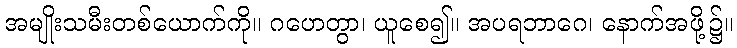
အမျိုးသမီးတစ်ယောက်ကို။ ဂဟေတွာ၊ ယူစေ၍။ အပရဘာဂေ၊ နောက်အဖို့၌။